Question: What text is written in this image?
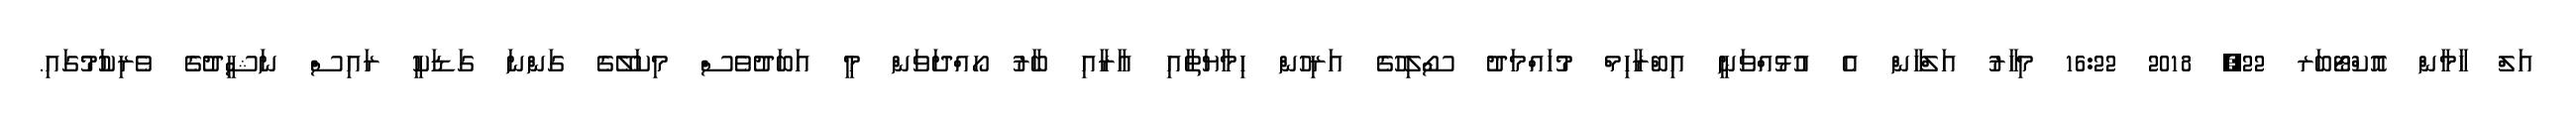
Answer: އަލް ހާމާން އޮކްޓޯބަރ 22, 2018 16:22 މިހާރު އަލްހާން އެ އުޅުއްވަނީ އިބްރާހިމް މުހައްމަދު ސޯލިހުގެ އަރިހުން ހިމާޔަތާއި އާރާއި ބާރު ހޯއްދަވަން މީ އަބަދުވެސް މިކަލޭގެ ގަންނަ ގަޑަކީ ރައިސް ނަޝީދުގެ ވެރިކަުމުގައި.